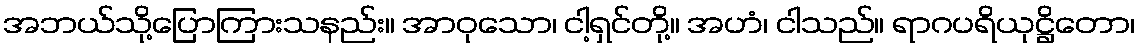
အဘယ်သို့ပြောကြားသနည်း။ အာဝုသော၊ ငါ့ရှင်တို့။ အဟံ၊ ငါသည်။ ရာဂပရိယုဋ္ဌိတော၊